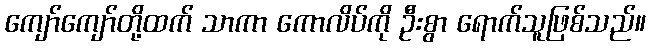
ကျော်ကျော်တို့ထက် သာကာ ကောလိပ်ကို ဦးစွာ ရောက်သူဖြစ်သည်။